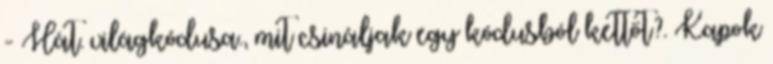
- Hát. világkódusa., mit csináljak egy kódusból kettőt?. Kapok